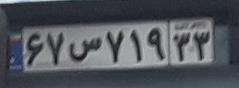
۶۷س۷۱۹۳۳